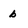
Character: b